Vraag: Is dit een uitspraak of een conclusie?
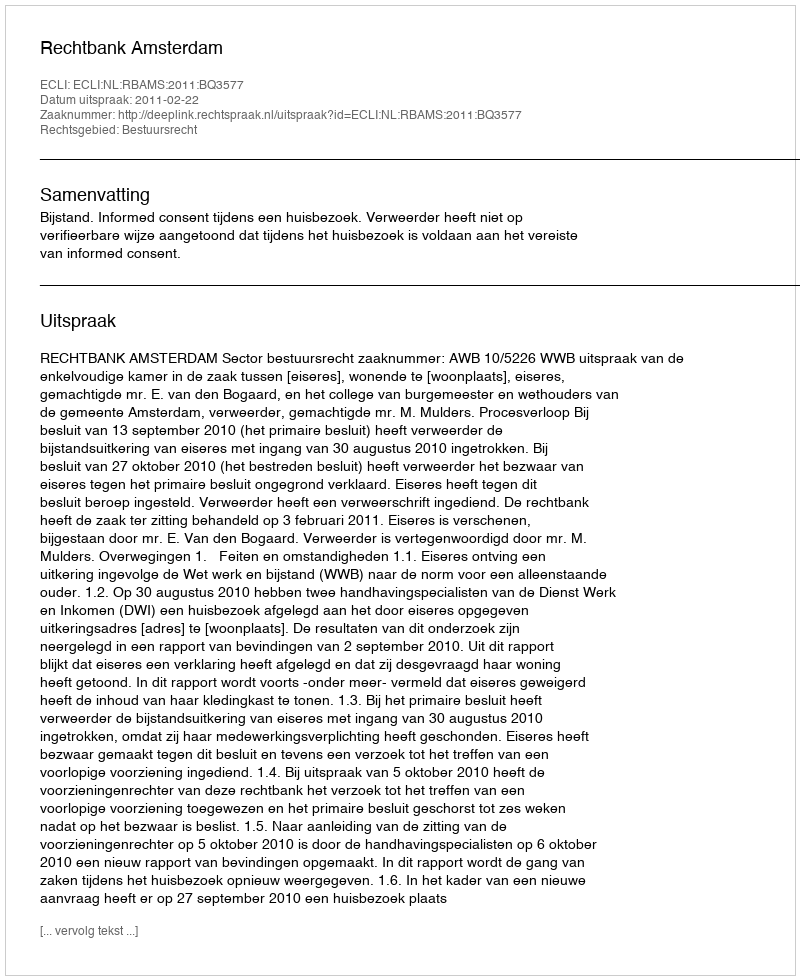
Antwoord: Uitspraak